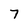
Character: 7